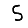
Digit: 5